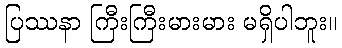
ပြဿနာ ကြီးကြီးမားမား မရှိပါဘူး။